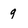
Character: q